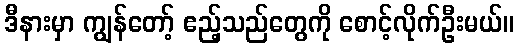
ဒီနားမှာ ကျွန်တော့် ဧည့်သည်တွေကို စောင့်လိုက်ဦးမယ်။